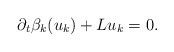
\begin{align*} \begin{aligned} \partial_t\beta_{k}(u_k)+Lu_k=0. \end{aligned} \end{align*}